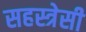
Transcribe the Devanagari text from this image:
सहस्त्रेसी